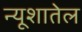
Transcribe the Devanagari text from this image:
न्यूशातेल